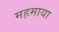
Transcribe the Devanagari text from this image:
महमाया